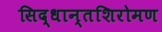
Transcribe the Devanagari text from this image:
सिद्धान्तशिरोमण